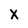
Character: X